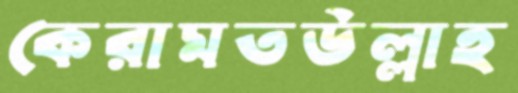
কেরামতউল্লাহ